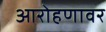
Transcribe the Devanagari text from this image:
आरोहणावर